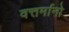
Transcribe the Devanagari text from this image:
वत्तर्मानो